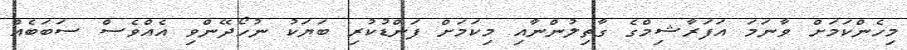
މިހެންކަމަށް ވާނަމަ އަފަރާޝިމްގެ ގާތިލުންނާއި މިކަމަށް ފަންޑުކުރި ބަޔަކު ނުހޯދޭންވި އެއްވެސް ސަބަބެއް